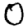
Digit: 0